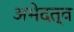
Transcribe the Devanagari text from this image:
अभेदत्व